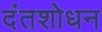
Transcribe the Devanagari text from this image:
दंतशोधन